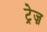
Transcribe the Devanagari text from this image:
ट्रेज़